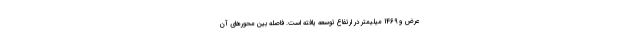
عرض و 1469 میلیمتر در ارتفاع توسعه یافته است. فاصله بین محورهای آن